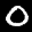
Label: 0